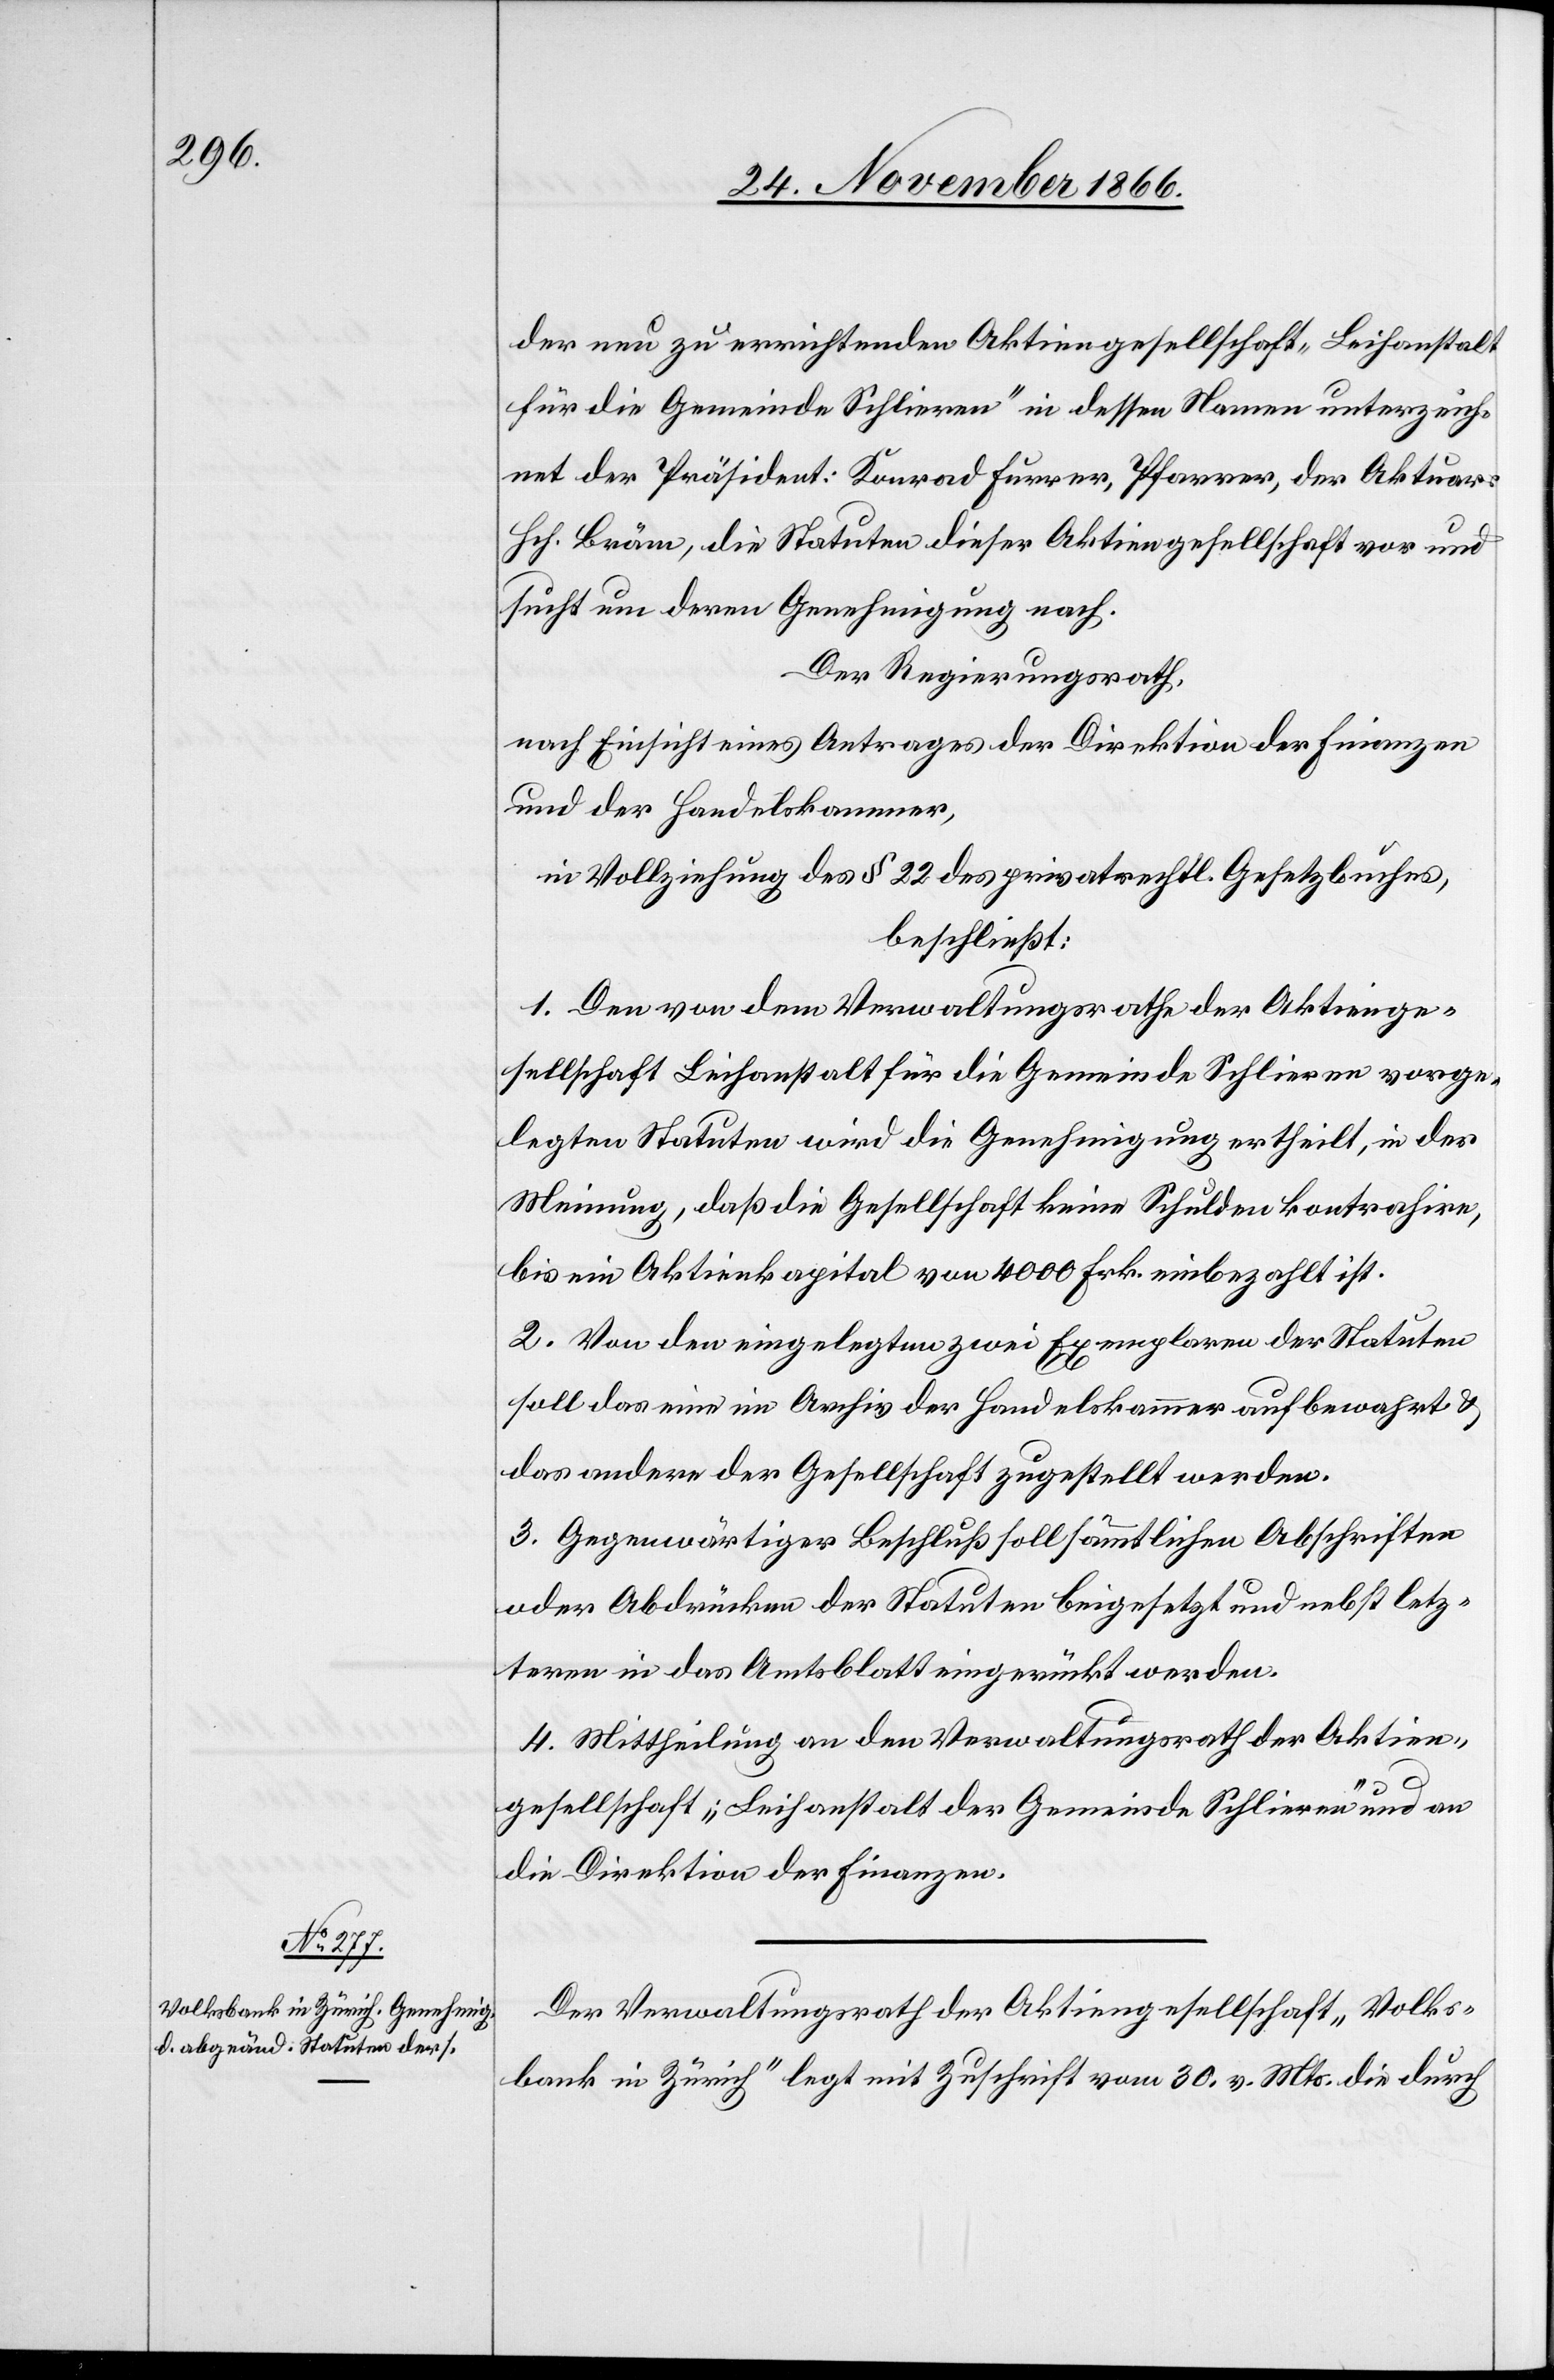
der neu zu errichtenden Aktiengesellschaft „Leihanstalt
für die Gemeinde Schlieren“ in dessen Namen unterzeich¬
net der Präsident: Konrad Furrer, Pfarrer, der Aktuar
Hch. Bräm, die Statuten dieser Aktiengesellschaft vor und
sucht um deren Genehmigung nach.
Der Regierungsrath,
nach Einsicht eines Antrages der Direktion der Finanzen
und der Handelskammer,
in Vollziehung des § 22 des privatrechtl. Gesetzbuches,
beschließt:
1. Den von dem Verwaltungsrathe der Aktienge¬
sellschaft Leihanstalt für die Gemeinde Schlieren vorge¬
legten Statuten wird die Genehmigung ertheilt, in der
Meinung, daß die Gesellschaft keine Schulden kontrahire,
bis ein Aktienkapital von 4000 Frk. einbezahlt ist.
2. Von den eingelegten zwei Exemplaren der Statuten
soll das eine im Archiv der Handelskammer aufbewahrt &
das andere der Gesellschaft zugestellt werden.
3. Gegenwärtiger Beschluß soll sämmtlichen Abschriften
oder Abdrücken der Statuten beigesetzt und nebst letz¬
teren in das Amtsblatt eingerückt werden.
4. Mittheilung an den Verwaltungsrath der Aktien¬
gesellschaft „Leihanstalt der Gemeinde Schlieren“ und an
die Direktion der Finanzen.
Der Verwaltungsrath der Aktiengesellschaft „Volks¬
bank in Zürich“ legt mit Zuschrift vom 30. v. Mts. die durch